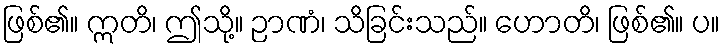
ဖြစ်၏။ ဣတိ၊ ဤသို့။ ဉာဏံ၊ သိခြင်းသည်။ ဟောတိ၊ ဖြစ်၏။ ပ။